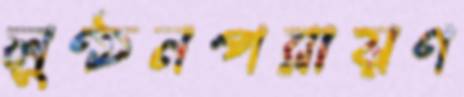
লুণ্ঠনপরায়ণ